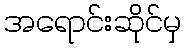
အရောင်းဆိုင်မှ